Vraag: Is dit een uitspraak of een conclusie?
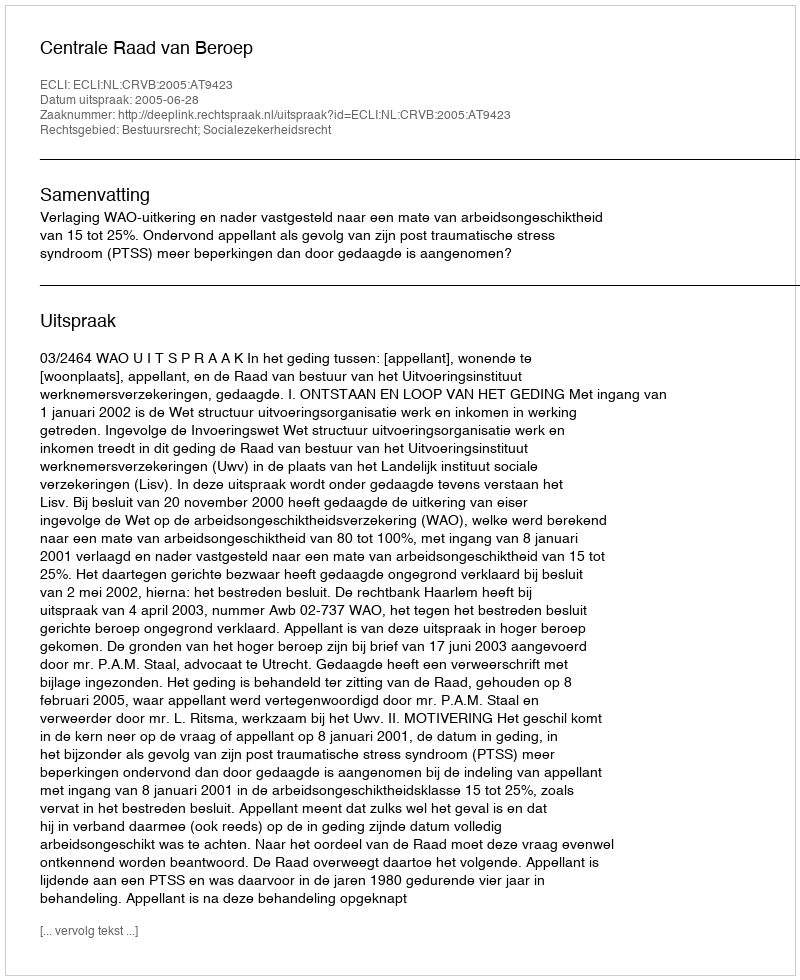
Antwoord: Uitspraak